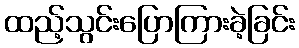
ထည့်သွင်းပြောကြားခဲ့ခြင်း